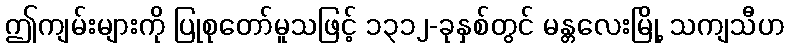
ဤကျမ်းများကို ပြုစုတော်မူသဖြင့် ၁၃၁၂-ခုနှစ်တွင် မန္တလေးမြို့ သကျသီဟ